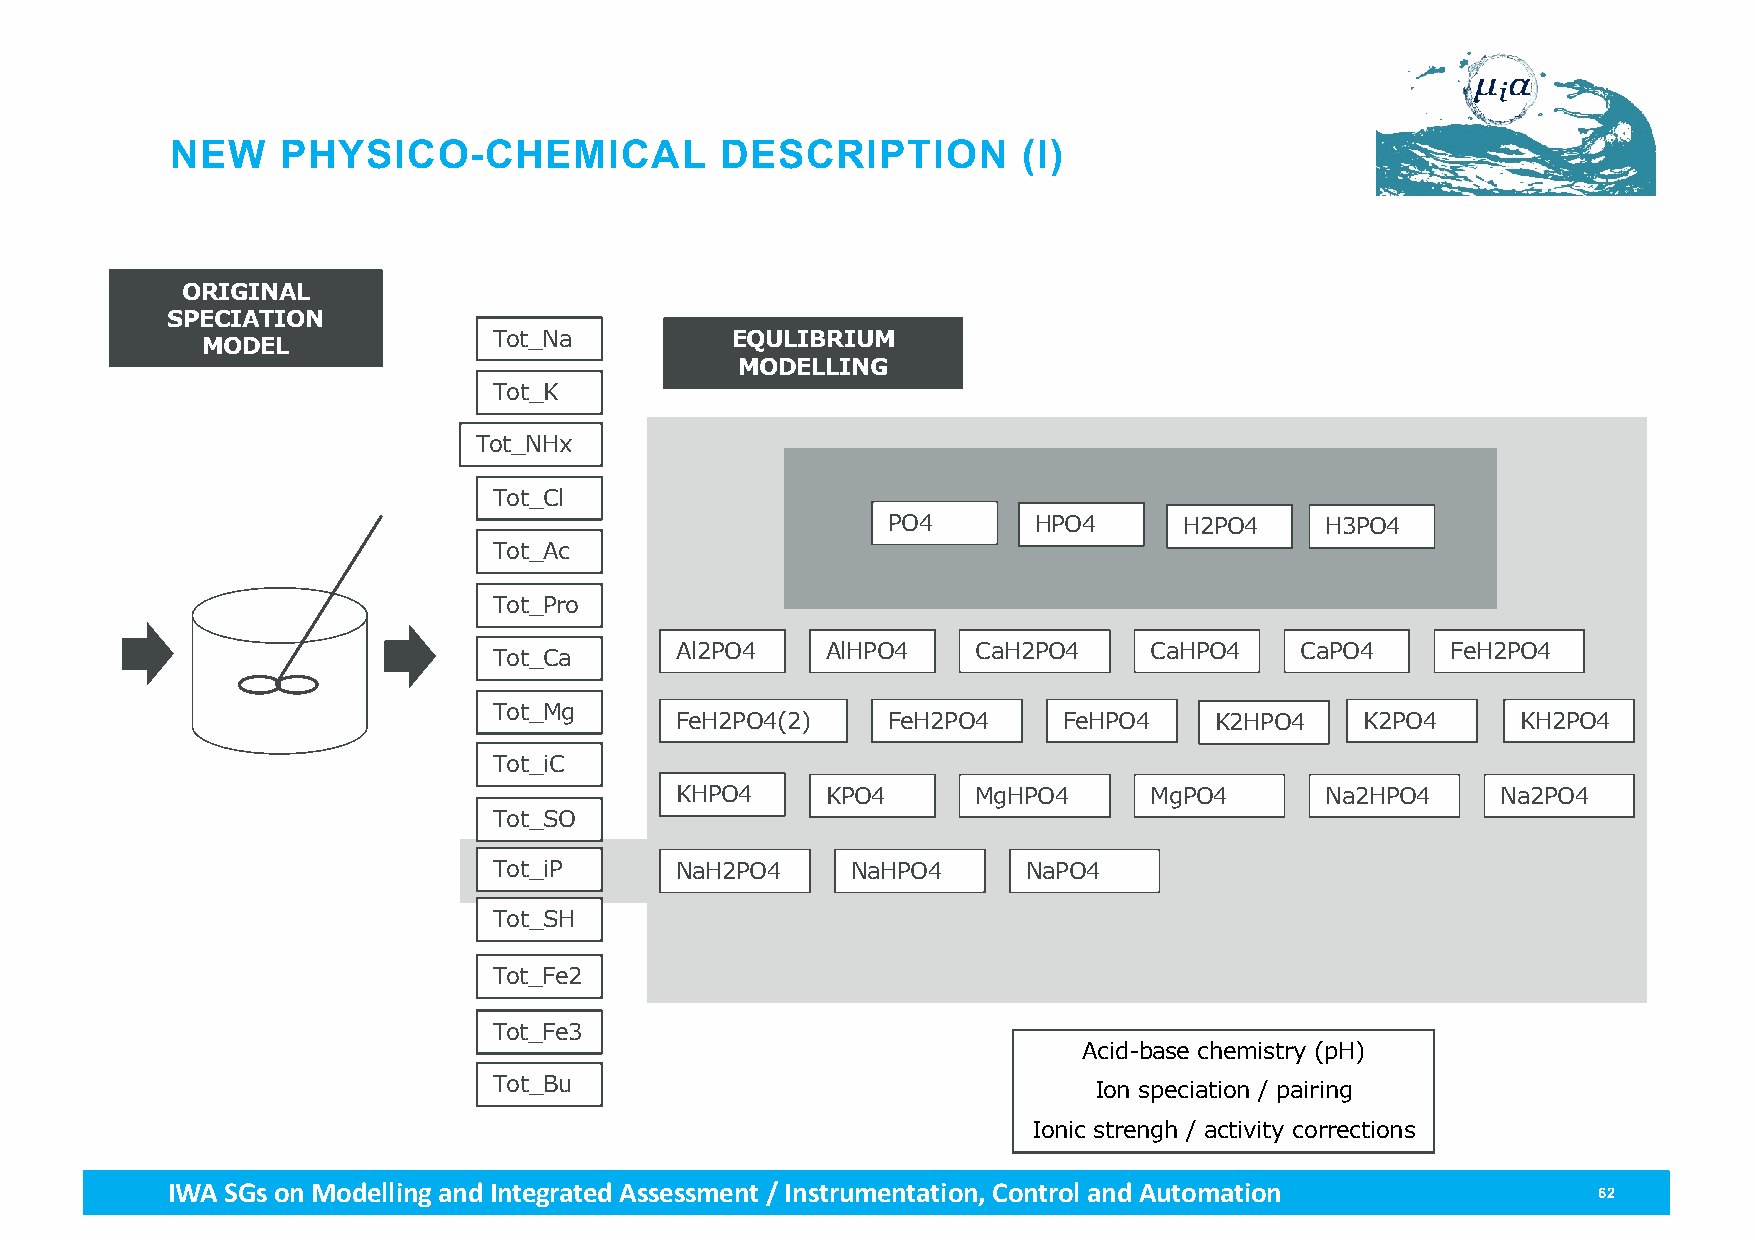
NEW     PHYSICO-CHEMICAL             DESCRIPTION         (I)
 ORIGINAL
 SPECIATION
 Tot_Na         EQULIBRIUM
 MODEL
 MODELLING
 Tot_K
 Tot_NHx
 Tot_Cl
 PO4      HPO4      H2PO4     H3PO4
 Tot_Ac
 Tot_Pro
 Al2PO4    AlHPO4    CaH2PO4    CaHPO4    CaPO4     FeH2PO4
 Tot_Ca
 Tot_Mg
 FeH2PO4(2)    FeH2PO4    FeHPO4    K2HPO4    K2PO4      KH2PO4
 Tot_iC
 KHPO4     KPO4      MgHPO4     MgPO4       Na2HPO4    Na2PO4
 Tot_SO
 Tot_iP      NaH2PO4    NaHPO4      NaPO4
 Tot_SH
 Tot_Fe2
 Tot_Fe3
 Acid-base chemistry (pH)
 Tot_Bu                                 Ion speciation / pairing
 Ionic strengh / activity corrections
 IWA SGs on Modellingand Integrated Assessment / Instrumentation, Control and Automation        62